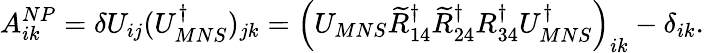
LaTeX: A_{ik}^{NP}=\delta U_{ij}(U_{MNS}^{\dagger})_{jk}=\left(U_{MNS}\widetilde{R}_{14}^{\dagger}\widetilde{R}_{24}^{\dagger}R_{34}^{\dagger}U_{MNS}^{\dagger}\right)_{ik}-\delta_{ik}.